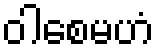
ဝါစေမဟံ